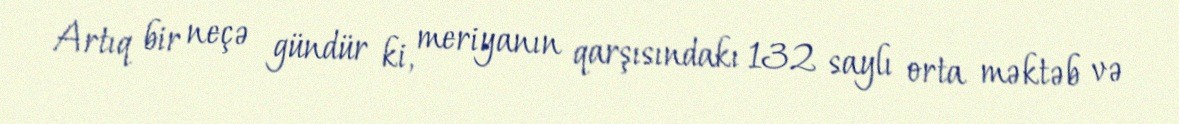
Artıq bir neçə gündür ki, meriyanın qarşısındakı 132 saylı orta məktəb və